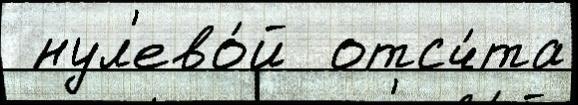
 нул'ево́й  отсч́та